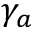
\gamma _ { a }